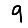
Digit: 9